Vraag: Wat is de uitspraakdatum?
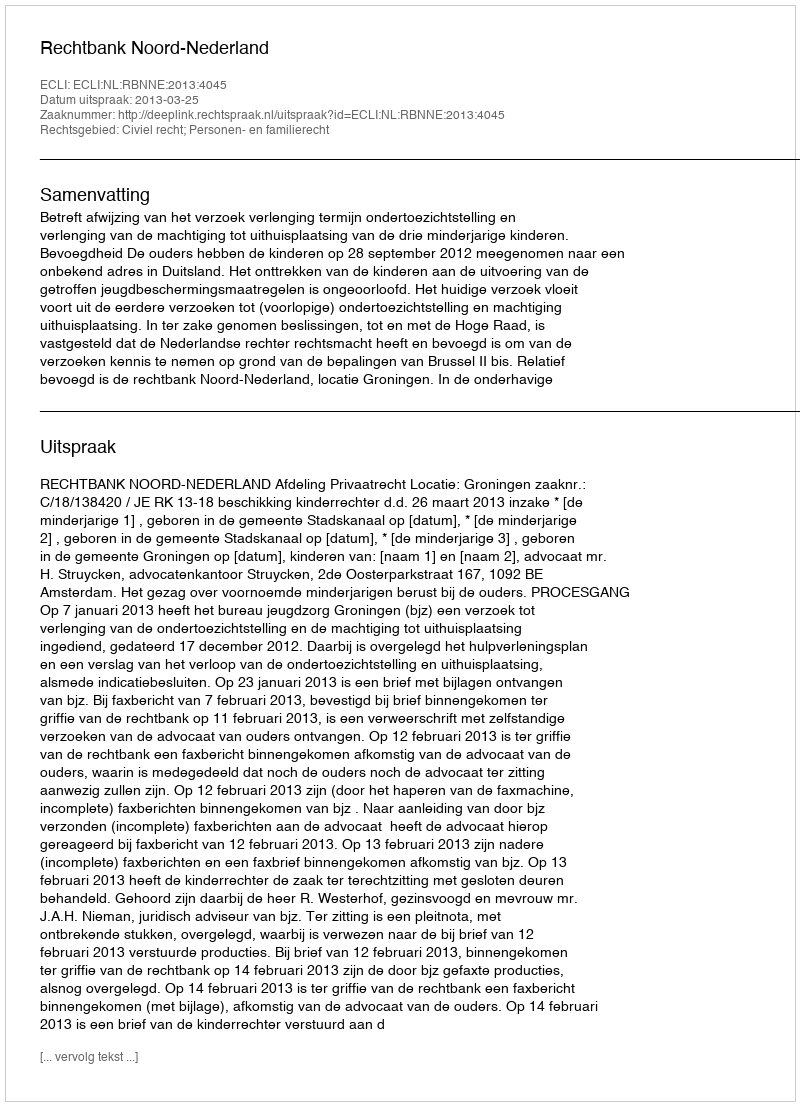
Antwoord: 2013-03-25